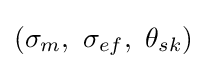
({{\sigma }_{m}},\ {{\sigma }_{ef}},\ {{\theta }_{sk}})